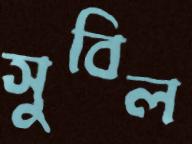
সুবিল